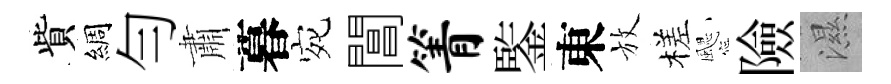
貲綢勻肅暮宛閶箐鍳東放槎颸險濕